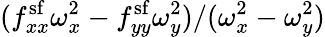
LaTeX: (f_{xx}^{\mathrm{sf}}\omega_{x}^{2}-f_{yy}^{\mathrm{sf}}\omega_{y}^{2})/(\omega_{x}^{2}-\omega_{y}^{2})